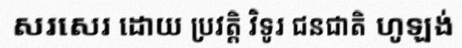
សរសេរ ដោយ ប្រវត្តិ វិទូរ ជនជាតិ ហូឡង់